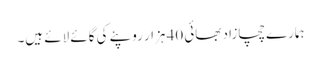
ہمارے چچازاد بھائی 40 ہزار روپئے کی گائے لائے ہیں۔